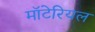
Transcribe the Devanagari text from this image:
मॉटेरियल